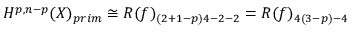
H ^ { p , n - p } ( X ) _ { p r i m } \cong R ( f ) _ { ( 2 + 1 - p ) 4 - 2 - 2 } = R ( f ) _ { 4 ( 3 - p ) - 4 }